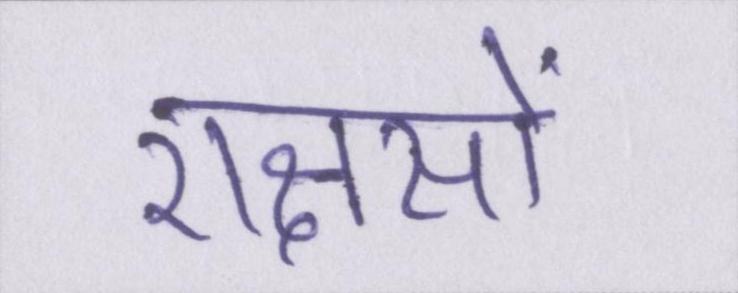
राक्षसों